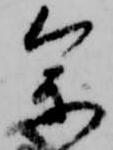
参